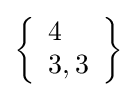
\left\{{\begin{array}{l}4\\3,3\end{array}}\right\}